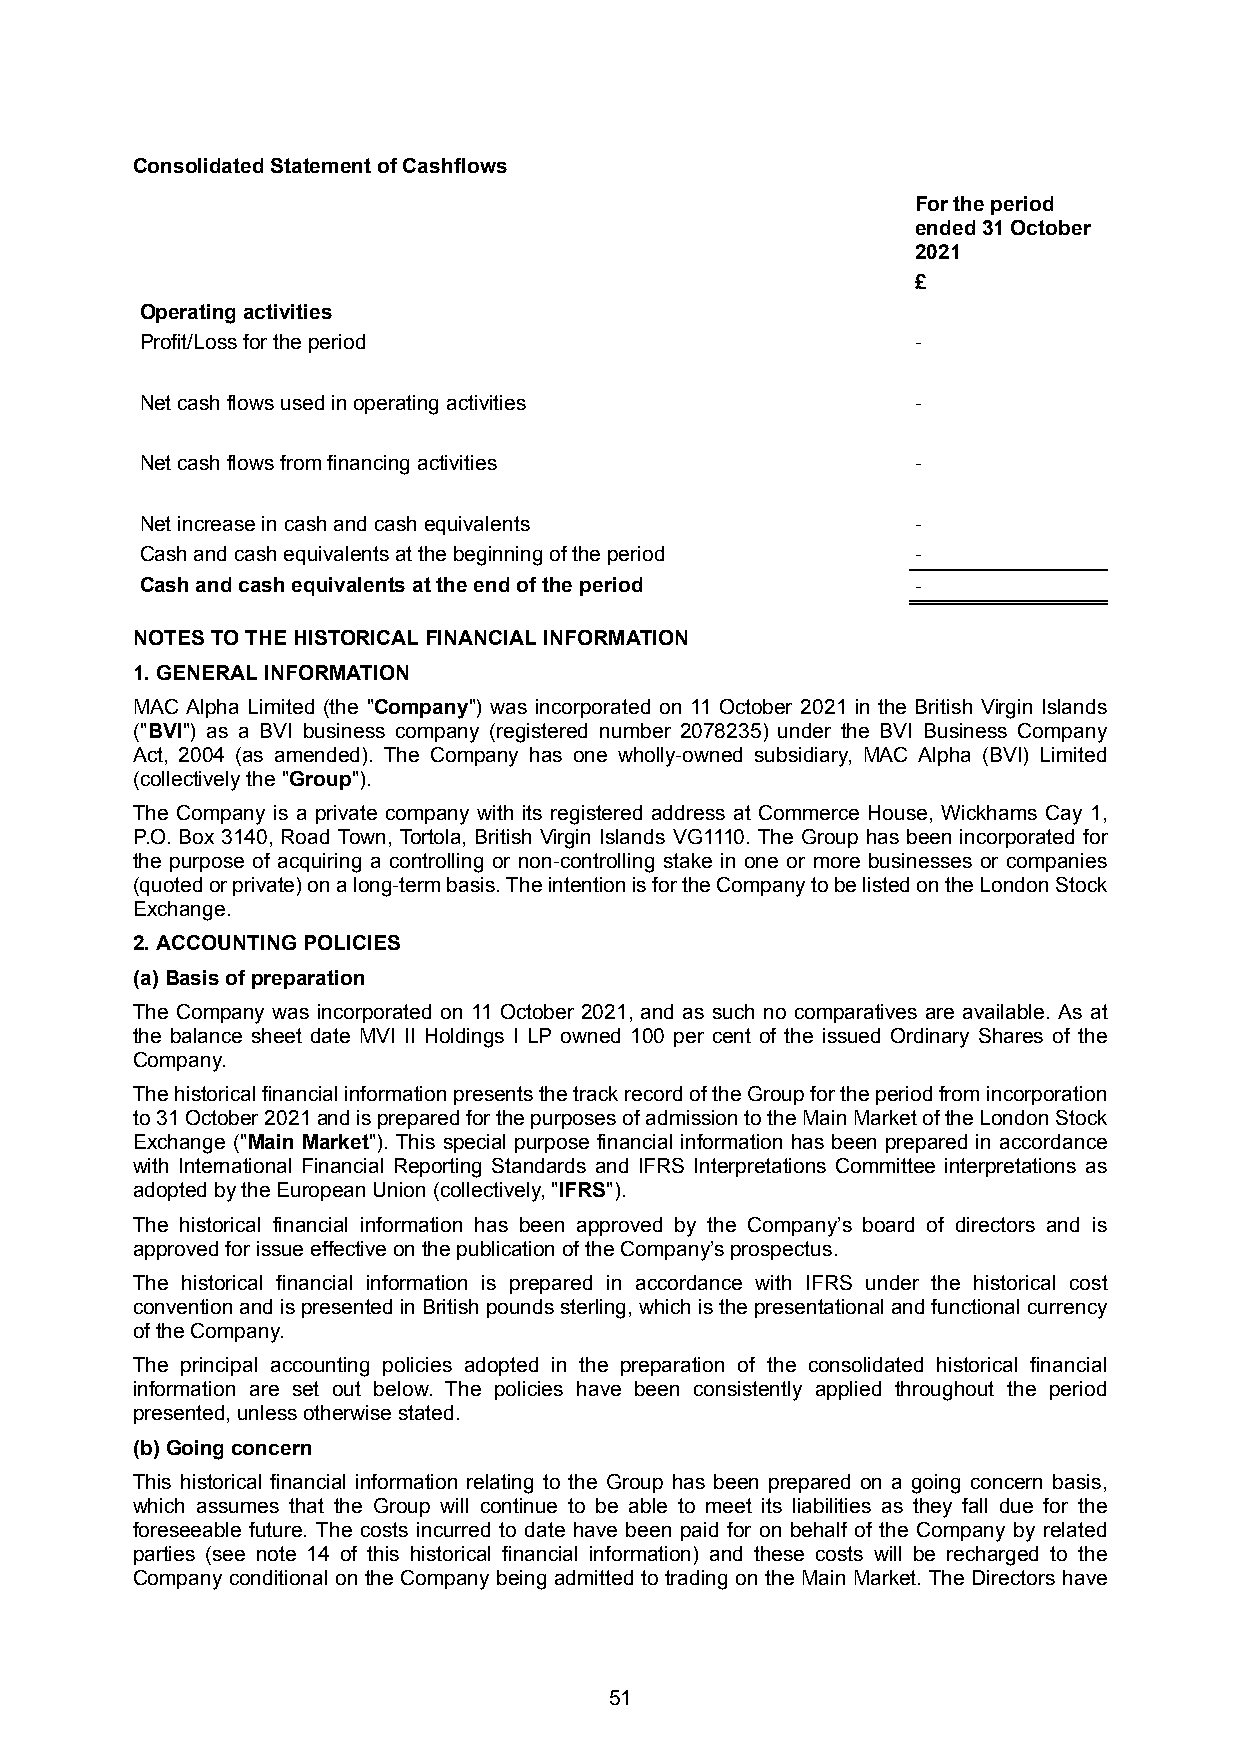
Consolidated Statement of Cashflows
 For the period
 ended31 October
 2021
 £
 Operating activities
 Profit/Loss for the period                          -
 Net cash flows used in operating activities         -
 Net cash flows from financing activities            -
 Net increase in cash and cash equivalents           -
 Cash and cash equivalents at the beginning of the period -
 Cash and cash equivalents at the end of the period  -
 NOTES TO THE HISTORICAL FINANCIAL INFORMATION
 1. GENERAL INFORMATION
 MAC Alpha Limited (the "Company") was incorporated on 11 October 2021 in the British Virgin Islands
 ("BVI") as a BVI business company (registered number 2078235) under the BVI Business Company
 Act, 2004 (as amended). The Company has one wholly-owned subsidiary, MAC Alpha (BVI) Limited
 (collectively the "Group").
 The Company is a private company with its registered address at Commerce House, Wickhams Cay 1,
 P.O. Box 3140, Road Town, Tortola, British Virgin Islands VG1110. The Group has been incorporated for
 the purpose of acquiring a controlling or non-controlling stake in one or more businesses or companies
 (quotedorprivate)onalong-termbasis.TheintentionisfortheCompanytobelistedontheLondonStock
 Exchange.
 2. ACCOUNTING POLICIES
 (a)Basis of preparation
 The Company was incorporated on 11 October 2021, and as such no comparatives are available. As at
 the balance sheet date MVI II Holdings I LP owned 100 per cent of the issued Ordinary Shares of the
 Company.
 ThehistoricalfinancialinformationpresentsthetrackrecordoftheGroupfortheperiodfromincorporation
 to31October2021andispreparedforthepurposesofadmissiontotheMainMarketoftheLondonStock
 Exchange ("Main Market"). This special purpose financial information has been prepared in accordance
 with International Financial Reporting Standards and IFRS Interpretations Committee interpretations as
 adopted by the European Union (collectively, "IFRS").
 The historical financial information has been approved by the Company’s board of directors and is
 approved for issue effective on the publication of the Company’s prospectus.
 The historical financial information is prepared in accordance with IFRS under the historical cost
 conventionandispresentedinBritishpoundssterling,whichisthepresentationalandfunctionalcurrency
 of the Company.
 The principal accounting policies adopted in the preparation of the consolidated historical financial
 information are set out below. The policies have been consistently applied throughout the period
 presented, unless otherwise stated.
 (b)Going concern
 This historical financial information relating to the Group has been prepared on a going concern basis,
 which assumes that the Group will continue to be able to meet its liabilities as they fall due for the
 foreseeable future. The costs incurred to date have been paid for on behalf of the Company by related
 parties (see note 14 of this historical financial information) and these costs will be recharged to the
 Company conditional on the Company being admitted to trading on the Main Market. The Directors have
 51